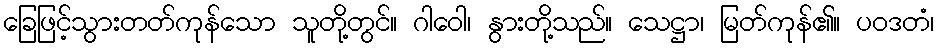
ခြေဖြင့်သွားတတ်ကုန်သော သူတို့တွင်။ ဂါဝေါ၊ နွားတို့သည်။ သေဋ္ဌာ၊ မြတ်ကုန်၏။ ပဝဒတံ၊